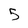
Character: 5